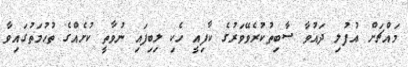
މައްޗަށް އުފުލި ދައުވާ ސާބިތުކުރެވޭވަރުގެ ކާފިއީ ހެކި ލިބިފައި ނުވާތީ ކުށެއްގެ ތުހުމަތުގައިވާ